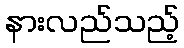
နားလည်သည့်